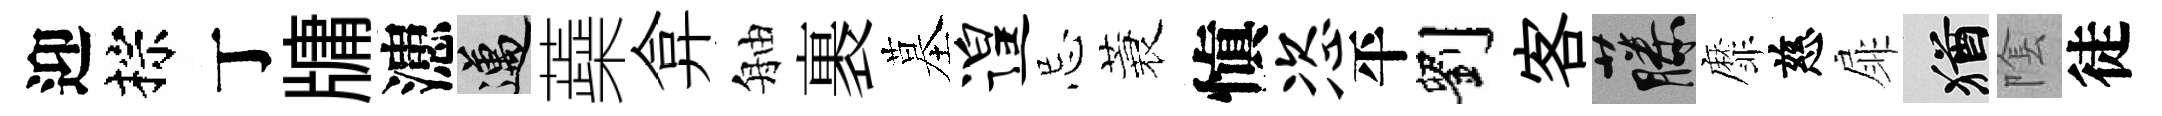
迎棕丁牗漶邁蘃弇舳裹墓遑忌蓑愼恣平劉客藤靡慈扉酒隂徒